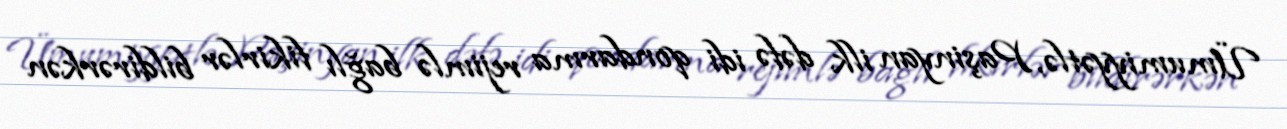
Ümumiyyətlə, Paşinyan ilk dəfə idi qondarma rejimlə bağlı fikirlər bildirərkən